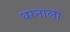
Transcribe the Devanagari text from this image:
धरनाला